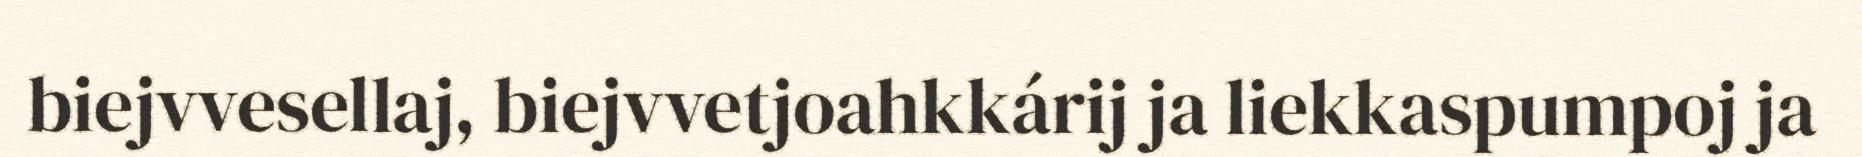
biejvvesellaj, biejvvetjoahkkárij ja liekkaspumpoj ja